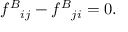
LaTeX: f ^ { B } { } _ { i j } - f ^ { B } { } _ { j i } = 0 .